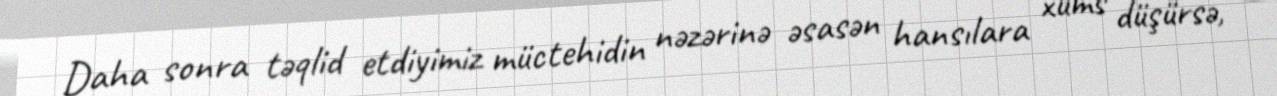
Daha sonra təqlid etdiyimiz müctehidin nəzərinə əsasən hansılara xums düşürsə,